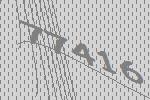
77416